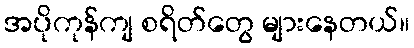
အပိုကုန်ကျ စရိတ်တွေ များနေတယ်။